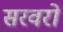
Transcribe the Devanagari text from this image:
सरवरों